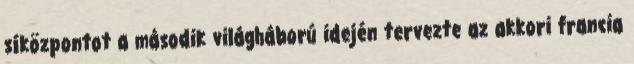
síközpontot a második világháború idején tervezte az akkori francia